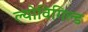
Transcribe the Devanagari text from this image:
ल्योविगिल्ड